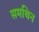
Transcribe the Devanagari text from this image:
समथिन